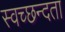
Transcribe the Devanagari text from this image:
स्‍वच्‍छन्‍दता